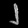
Digit: ၂